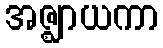
အဇ္ဈာယကာ